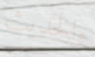
والحديث